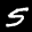
Label: 5